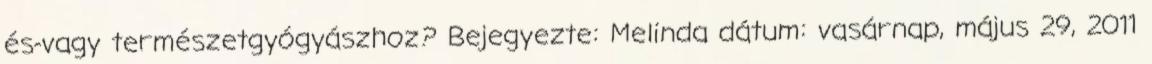
és-vagy természetgyógyászhoz? Bejegyezte: Melinda dátum: vasárnap, május 29, 2011